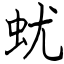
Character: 蚘